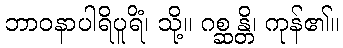
ဘာဝနာပါရိပူရိံ၊ သို့။ ဂစ္ဆန္တိ၊ ကုန်၏။